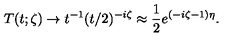
T ( t ; \zeta ) \to t ^ { - 1 } ( t / 2 ) ^ { - i \zeta } \approx \frac { 1 } { 2 } e ^ { ( - i \zeta - 1 ) \eta } .